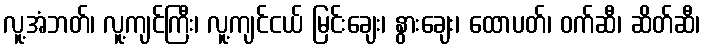
လူ့အံဘတ်၊ လူ့ကျင်ကြီး၊ လူ့ကျင်ငယ် မြင်းချေး၊ နွားချေး၊ ထောပတ်၊ ဝက်ဆီ၊ ဆိတ်ဆီ၊